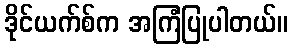
ဒိုင်ယက်စ်က အကြံပြုပါတယ်။